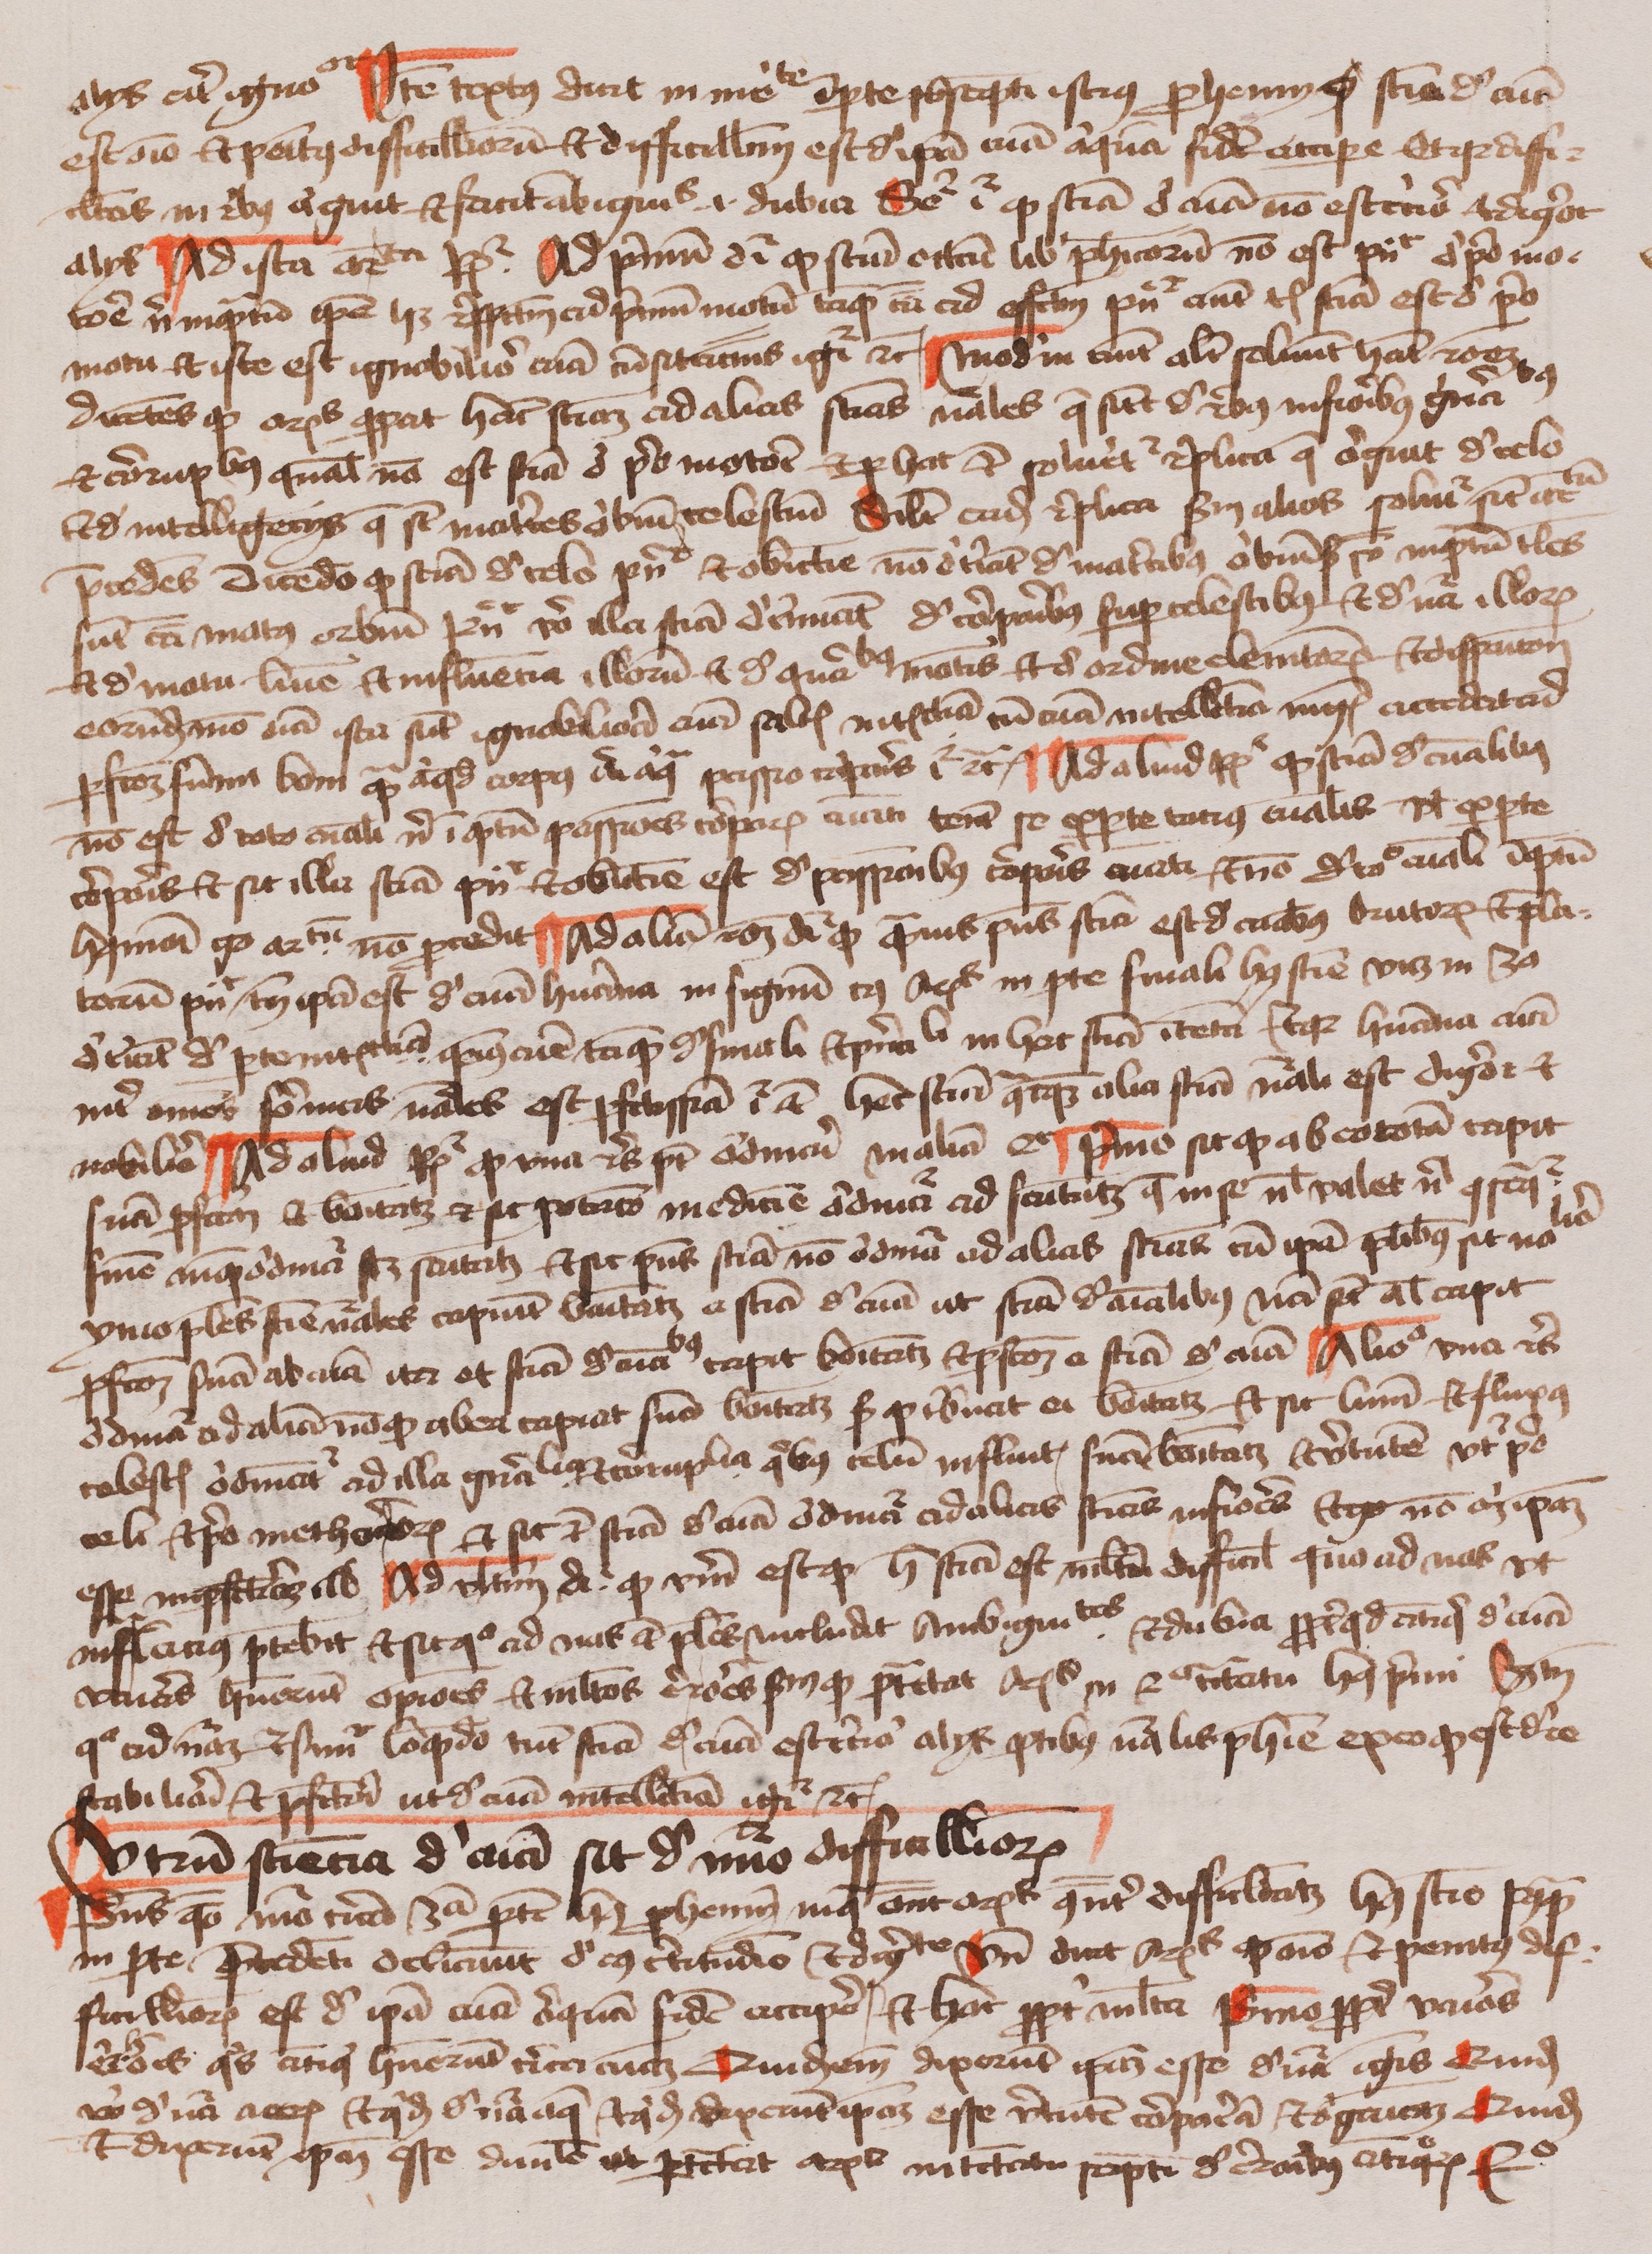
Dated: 1400–1499